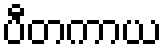
ပီတကာယ